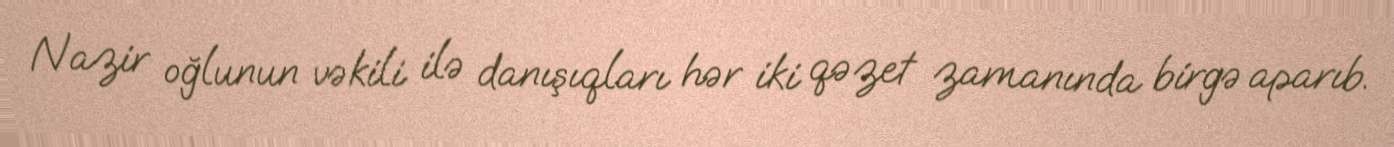
Nazir oğlunun vəkili ilə danışıqları hər iki qəzet zamanında birgə aparıb.